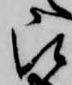
被